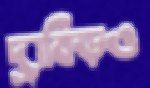
দ্রাবিড়ও